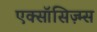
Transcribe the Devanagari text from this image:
एक्सॉसिज़्म्स